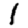
Digit: 1